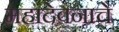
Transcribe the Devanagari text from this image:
महादेवनाचे